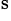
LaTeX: ^\mathrm{s}